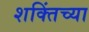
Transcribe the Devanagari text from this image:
शक्तिंच्या